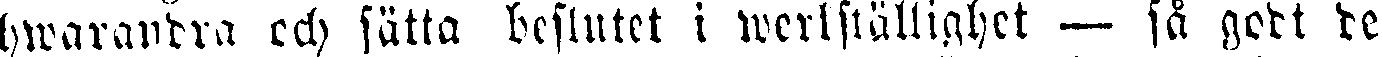
hwarardra och sätta beslutet i werkställighet — så godt de